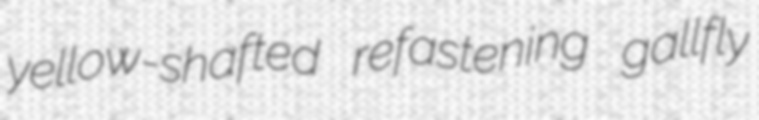
yellow-shafted refastening gallfly